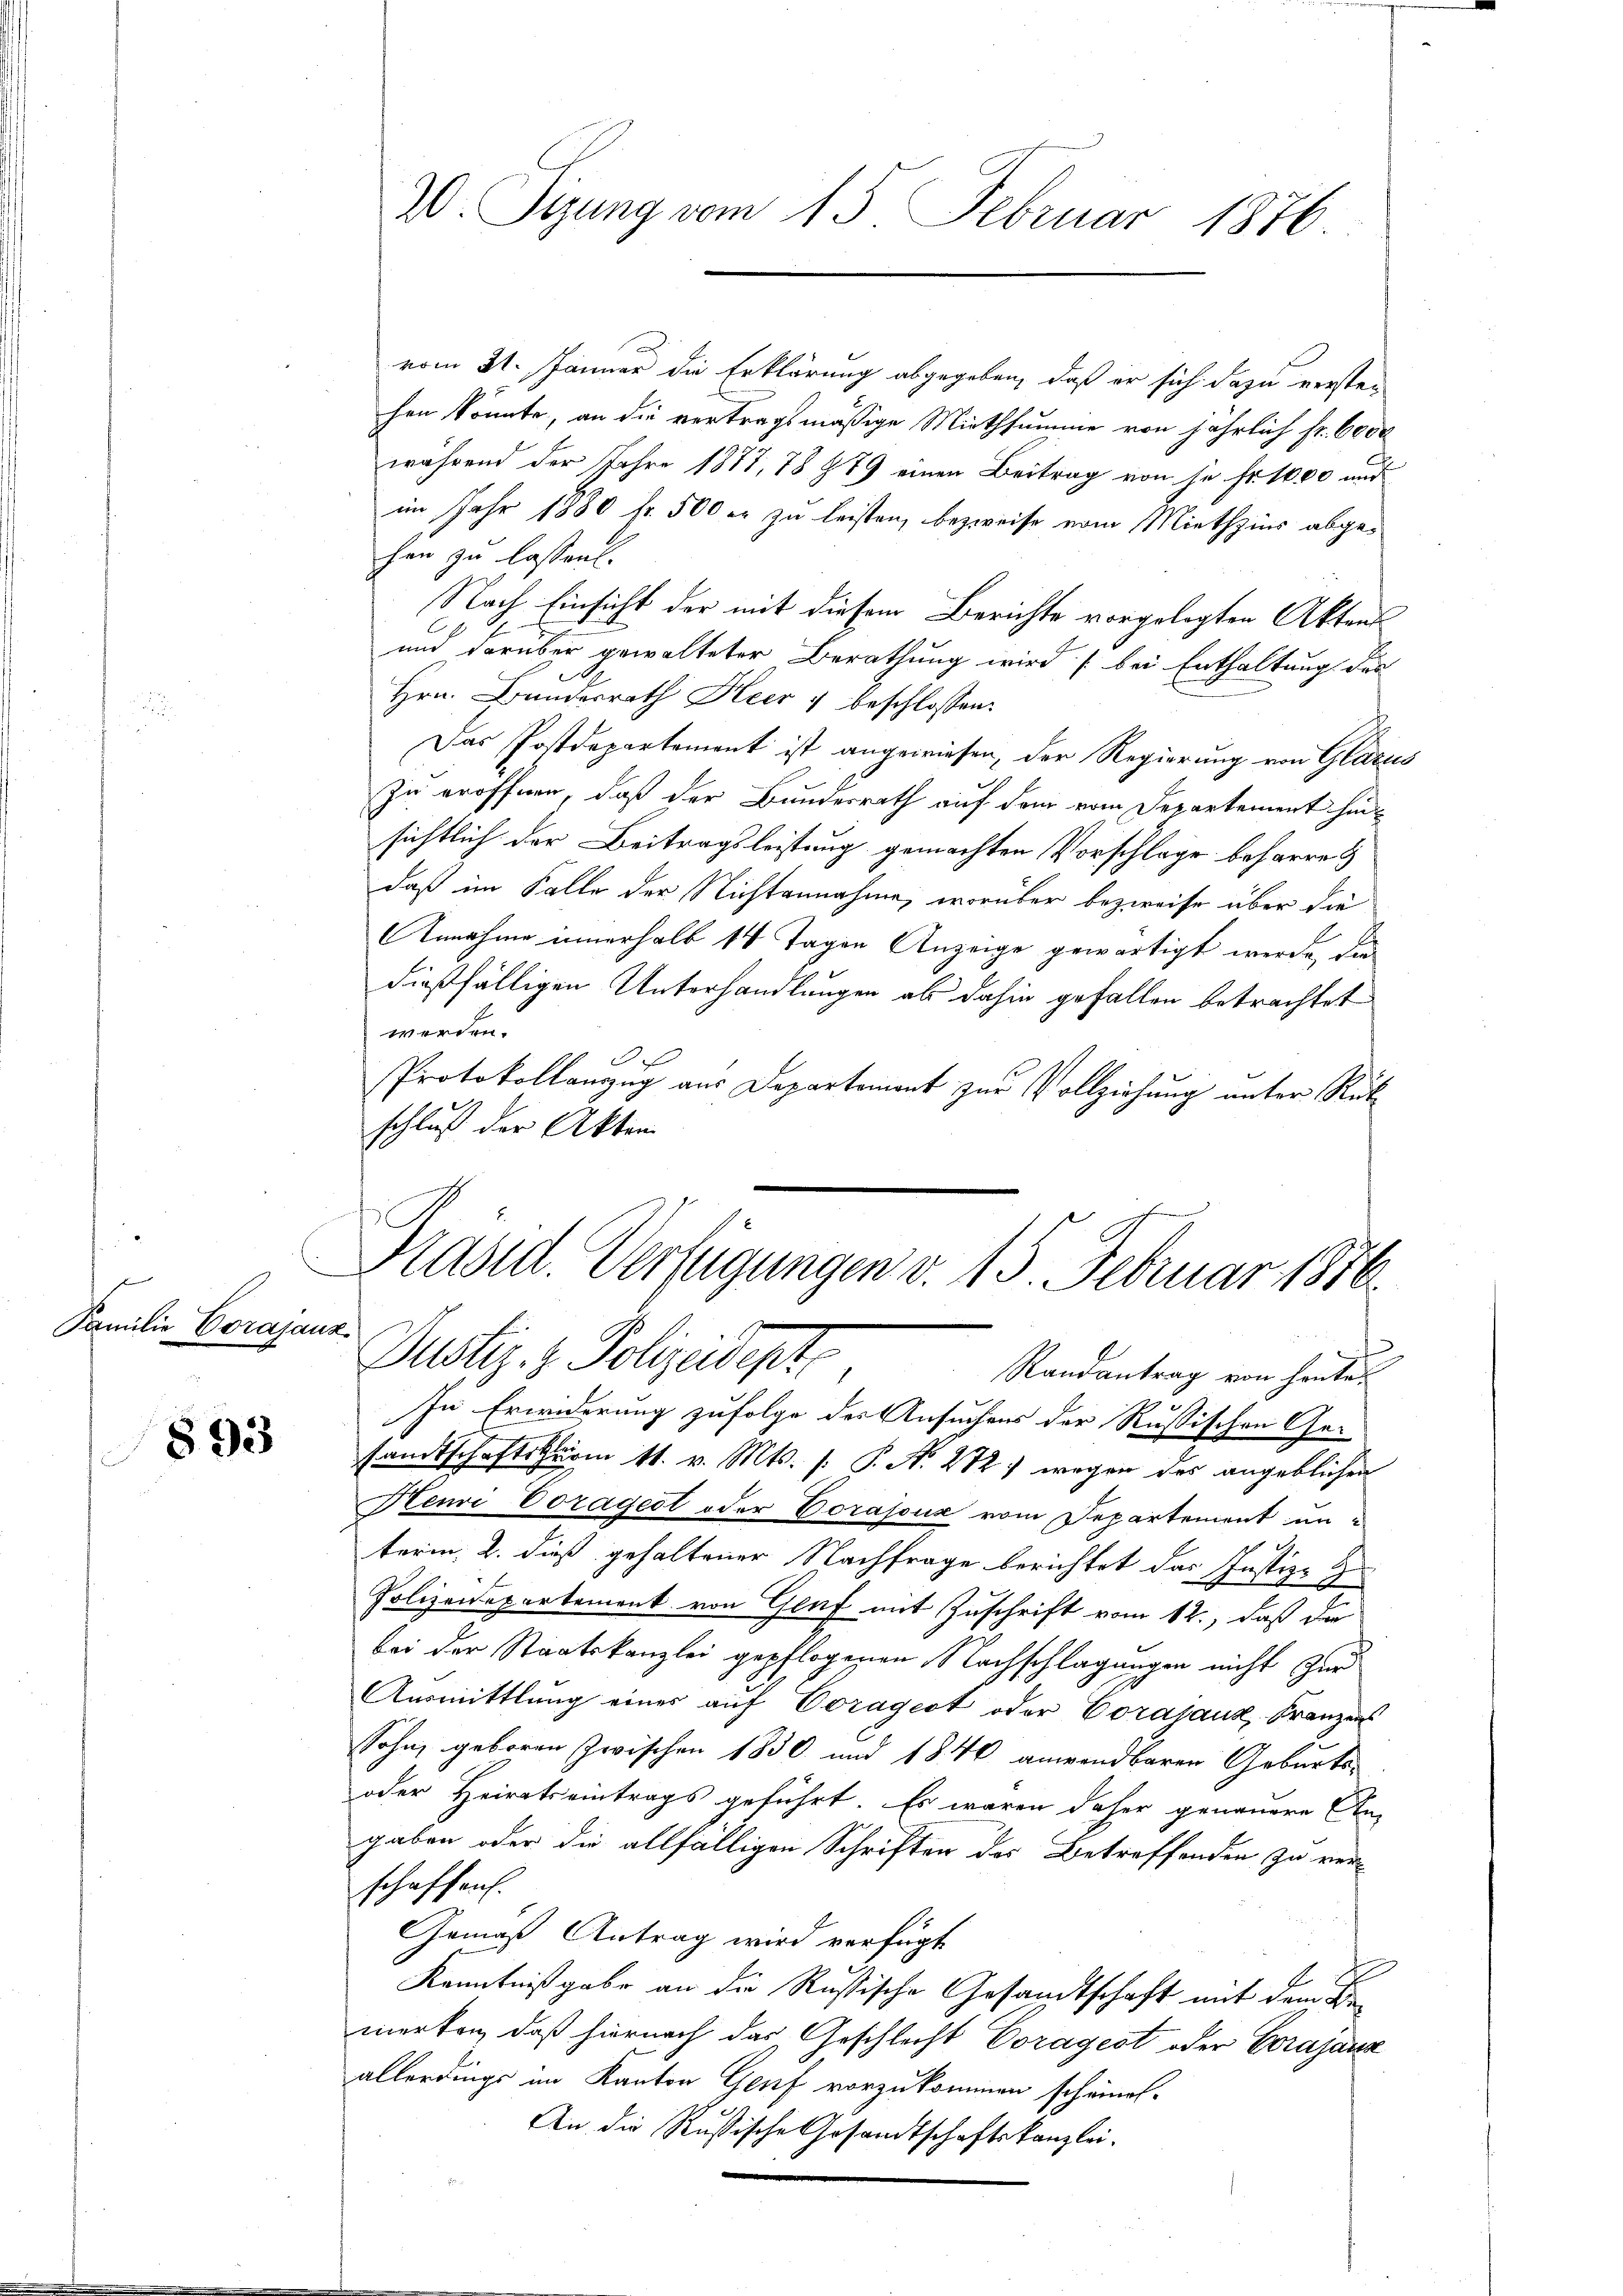
Familie Corajanz

893

W. Sizung vom 13. Februar 1876.

vom 31. Jänner die Erklärung abgegeben, daß er sich dazu versten
hen könnte, an die vertragsmäßige Miethsumme von jährlich fr. 6000
während der Jahre 1877, 78 879 einen Beitrag von je Fr. 1000 und
im Jahr 1880 fr. 500 er zu leisten, bezweife vom Miethzins abgehen zu lassen.
Nach Einsicht der mit diesem Berichte vorgelegten Aktens
und darüber gewalteter Berathung wird (bei Enthaltung des
Hrn. Bundesrath Heer & beschlossen:
Das Postdepartement ist angewiesen, der Regierung von Glarus
Zu eröffnen, daß der Bundesrath auf dem vom Departement hinsichtlich der Beitragsleistung gemachten Vorschlage beharre
daß im Falle der Nichtannahme, worüber bezweife über die
Annahme innerhalb 14 Tagen Anzeige gewärtigt werde, die
dießfälligen Unterhandlungen als dahin gefallen betrachtet
werden.
xx
Protokollanzug aus Departemont zur Vollziehung unter Rükschluß der Akten

Präsid. Verfügungen v. 15. Februar 1856.
Justiz- & Polizeidente
Randantrag von heute

In Erwiderung zufolge der Ansuchens der Russischen Gesandtschaftskärm 11. v. Mts. s. P. N. 22) wegen des angeblichen
Henri Voragert oder Corasous vom Departement un-
.
terin, 2. dieß gehaltener Nachfrage berichtet das Justiz- Zu
Polizeidepartement von Genf mit Zuschrift vom 12., daß da
bei der Staatskanzlei gepflogenen Nachschlagungen nicht zur
Ausmittlung eines auf Coragest oder Corajanz, Franzens
Sohn, geboren zwischen 1830 und 1840 anwendbaren Geburts-
oder Heiratseintrags geführt. Es waren daher genauere An-
gaben oder die allfälligen Schriften des Betreffenden zu verschaffen.
Gemäß Antrag wird verfügt
Kenntnißgabe an die Rußische Gesandtschaft mit dem Bemerken, daß hiernach das Geschlecht Coragest oder Gerajanz
allerdings im Kanton Genf vorzukommen scheinet-
An die Russische Gesandtschaftskanzlei-